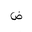
Letter: _dad